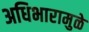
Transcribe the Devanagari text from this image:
अधिभारामुळे